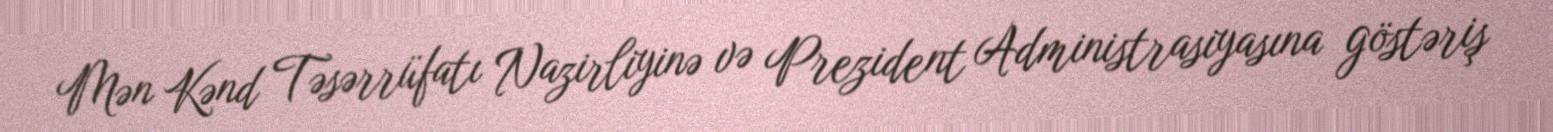
Mən Kənd Təsərrüfatı Nazirliyinə və Prezident Administrasiyasına göstəriş